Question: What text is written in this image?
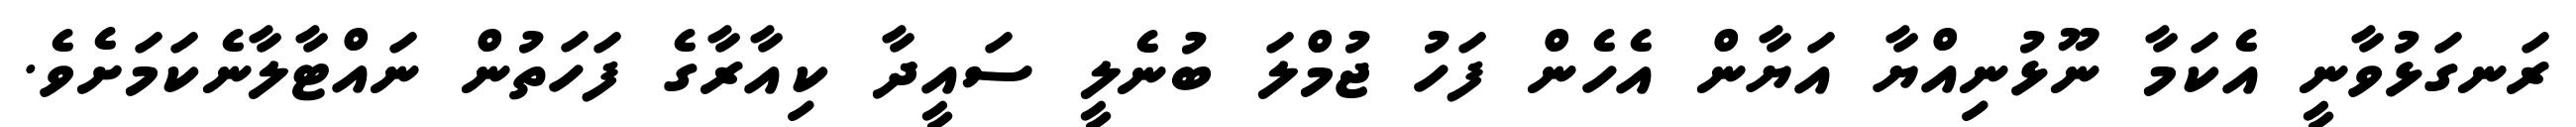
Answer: ރަނގަޅުވާނީ އެކަމާ ނޫޅުނިއްޔާ އަޔާން އެހެން ފަހު ޖުމްލަ ބުނެލީ ސައީދާ ކިއާރާގެ ފަހަތުން ނައްޓާލާނެކަމަށެވެ.